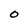
Character: O